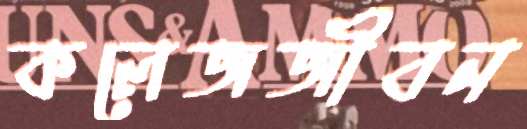
কলেজজীবন